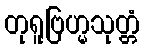
တုရူဗြဟ္မသုတ္တံ